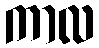
ကာလ